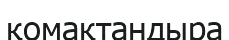
қомақтандыра